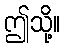
ဤသို့။